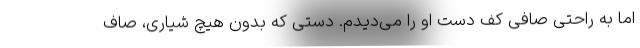
اما به راحتی صافی کف دست او را می‌دیدم. دستی که بدون هیچ شیاری، صاف